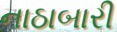
નાઠાબારી